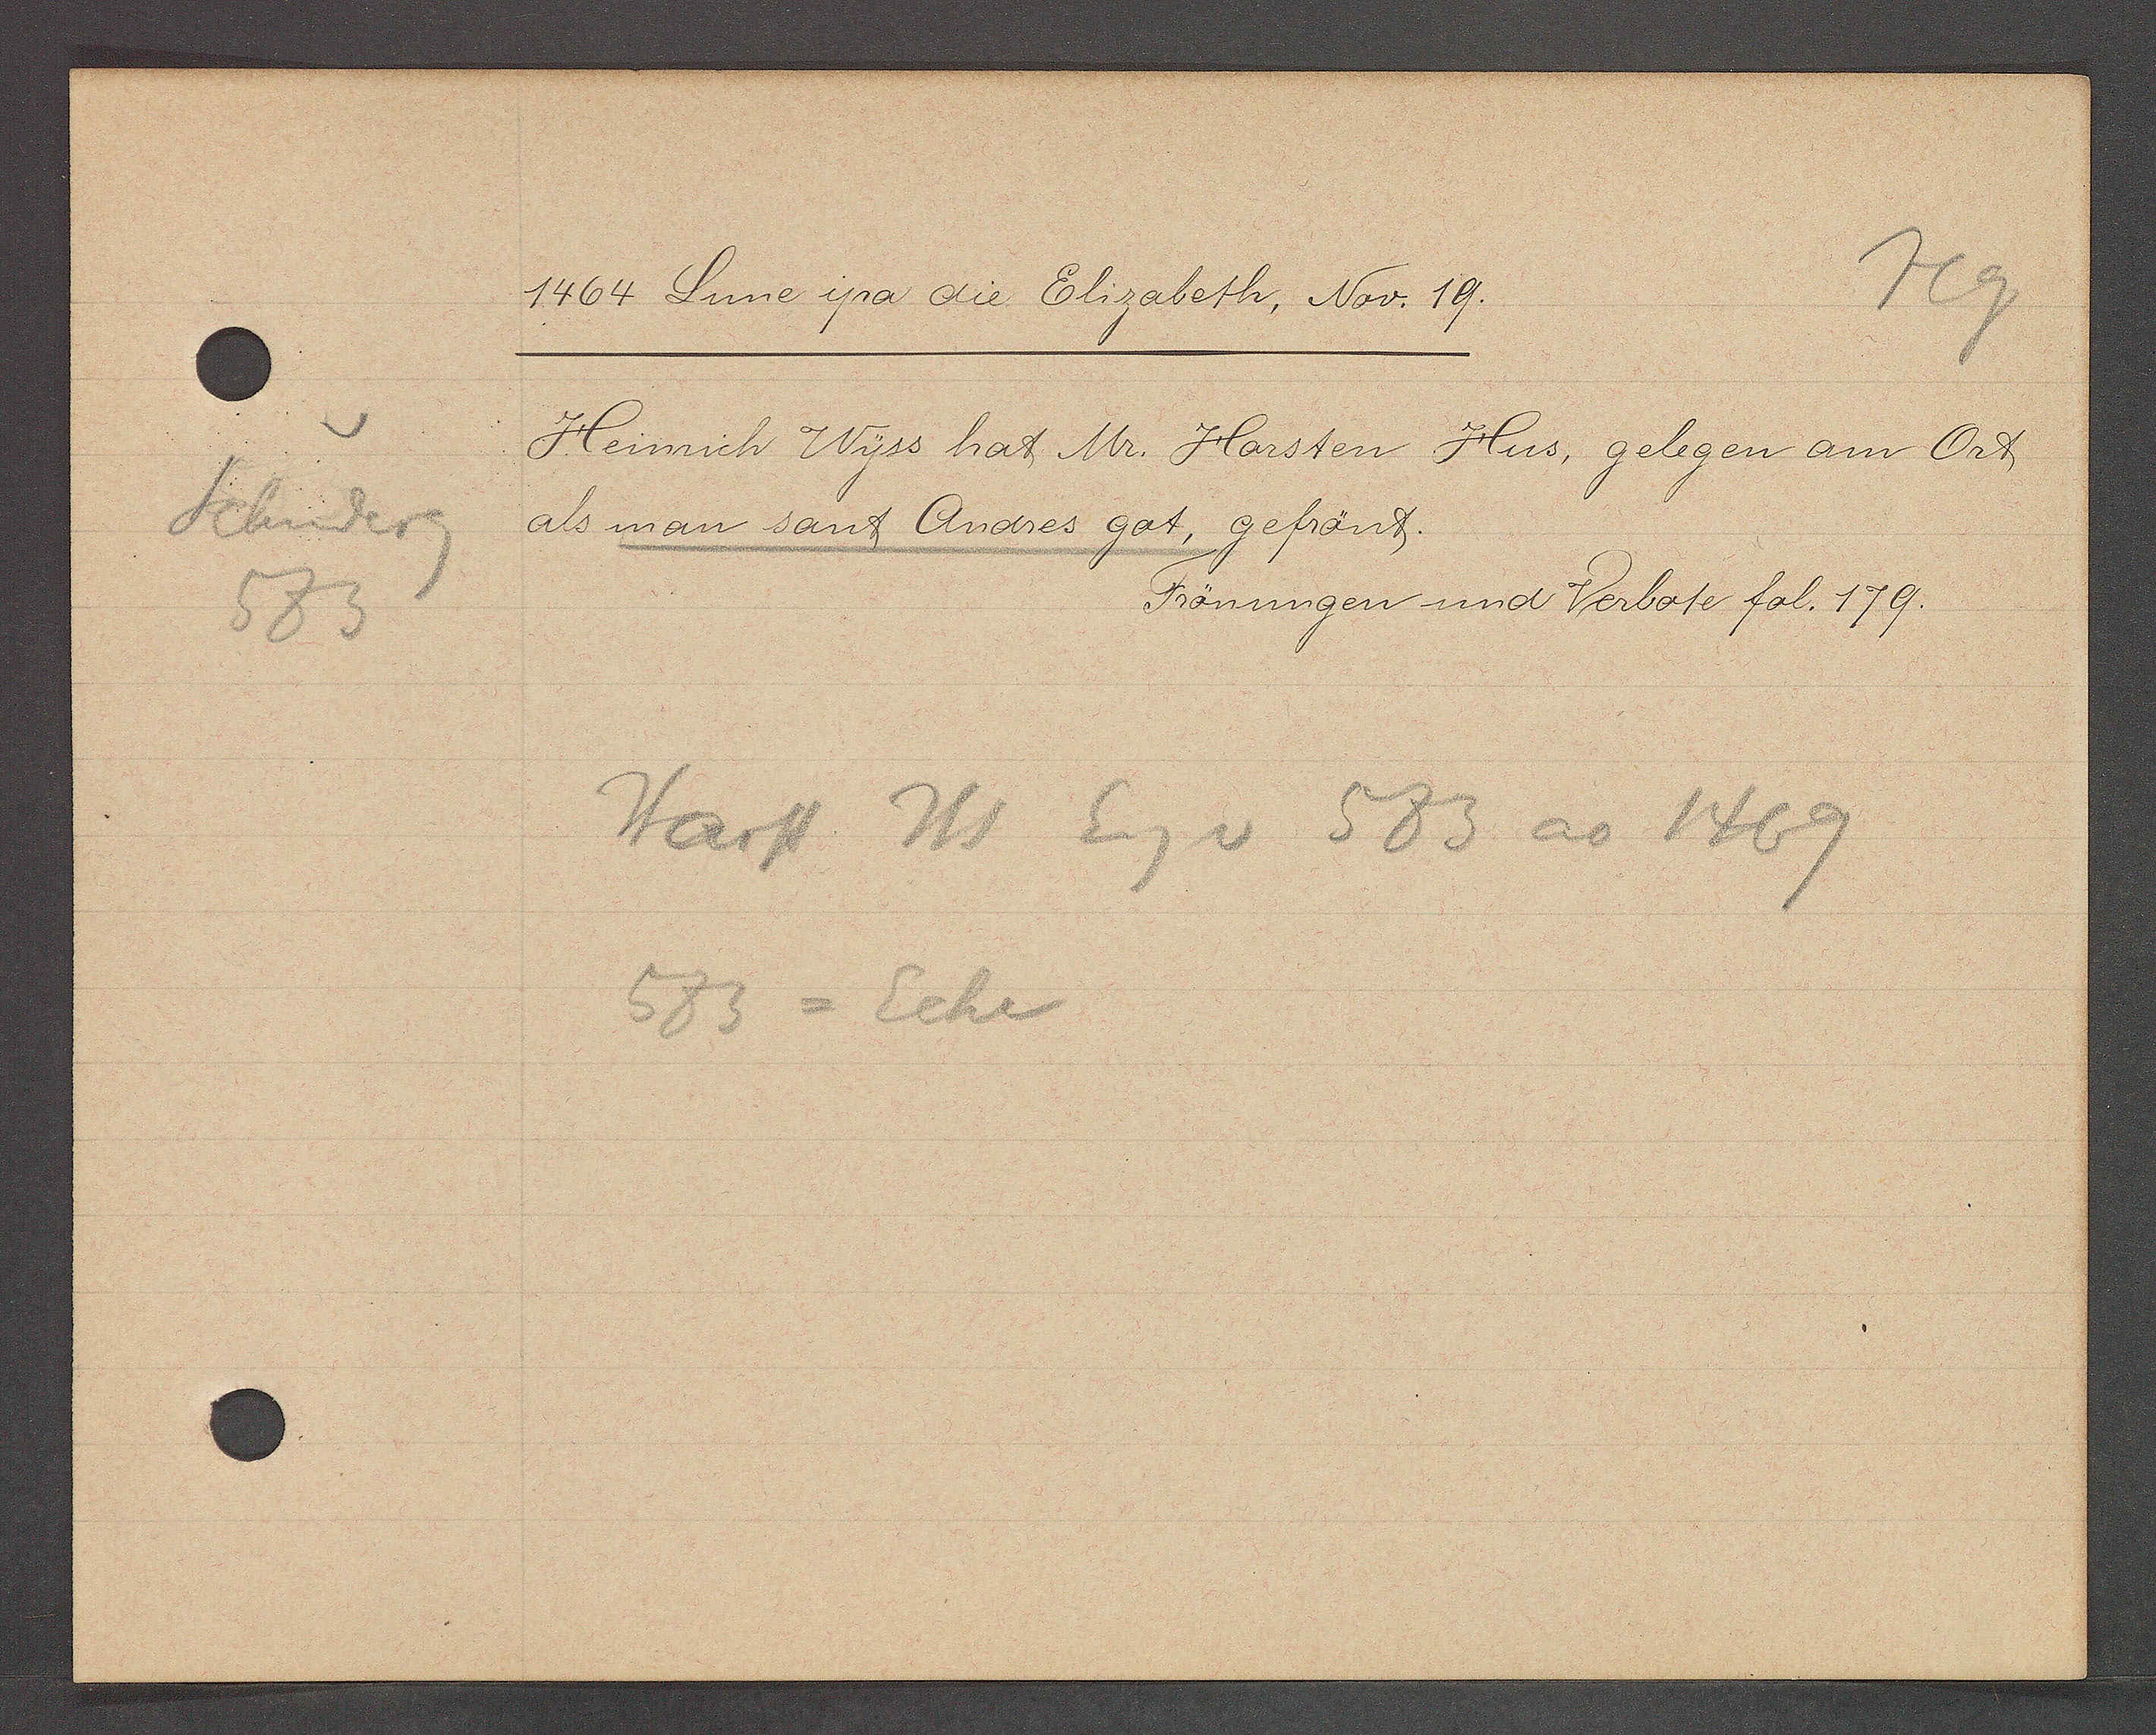
Transcript:
Schniderg
583

1464 Lune ipsa die Elizabeth, Nov. 19.

Heinrich Wyss hat Mr. Horsten Hus, gelegen am Ort
als man sant Andres got, gefrönt.
Frönungen und Verbote fol. 179.

Harst Hs Eig v 583 ao 1469
583 = Ecke